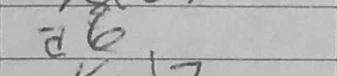
Transcription: a6